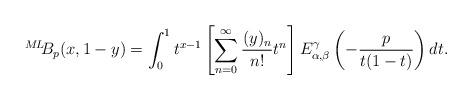
LaTeX: \begin{align*}{}^{M\!L\!\!}{B}_{p}(x,1-y)=\int_{0}^{1}t^{x-1}\left[ \sum_{n=0}^{\infty} \frac{(y)_n}{n!} t^n\right]E_{\alpha, \beta}^{\gamma}\left(-\frac{p}{t(1-t)}\right) dt. \end{align*}